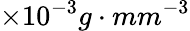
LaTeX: \times 10^{-3}g\cdot mm^{-3}